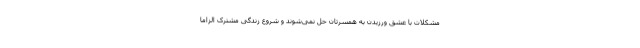
مشکلات با عشق ورزیدن به همسرتان حل نمی‌شوند و شروع زندگی مشترک الزاما